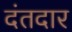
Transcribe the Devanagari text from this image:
दंतदार